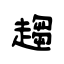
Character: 趨